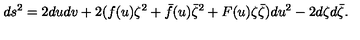
d s ^ { 2 } = 2 d u d v + 2 ( f ( u ) \zeta ^ { 2 } + \bar { f } ( u ) \bar { \zeta } ^ { 2 } + F ( u ) \zeta \bar { \zeta } ) d u ^ { 2 } - 2 d \zeta d \bar { \zeta } .